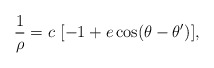
\begin{align*}\frac{1}{\rho} = c\ [-1+e \cos (\theta - \theta')],\end{align*}